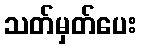
သတ်မှတ်ပေး